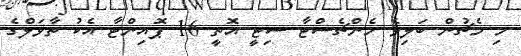
މި މެޗުން ބަލިވެ މެންޗެސްޓާ ސިޓީ އޮތީ 16 ޕޮއިންޓާ އެކު ތާވަލްގެ